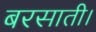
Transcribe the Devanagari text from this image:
बरसाती।